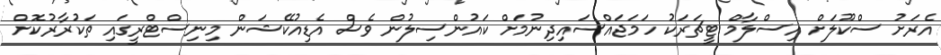
އެރަށު ސްކޫލަށް އިސްލާމް ޓީޗަރަކު ހަމަޖައްސައިދިނުމަށް ކައުންސިލުން ވެސް އެޑިއުކޭޝަން މިނިސްޓްރީގައި ތަކުރާރުކޮށް